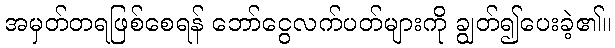
အမှတ်တရဖြစ်စေရန် ဘော်ငွေလက်ပတ်များကို ချွတ်၍ပေးခဲ့၏။